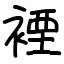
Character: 𧛑